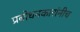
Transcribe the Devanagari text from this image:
प्रबोधनकारांनीच